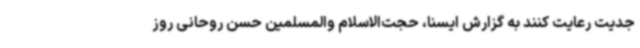
جدیت رعایت کنند به گزارش ایسنا، حجت‌الاسلام والمسلمین حسن روحانی روز